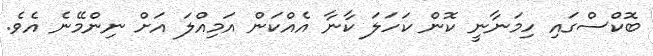
ބޮކްސްގައި ހިމަނާނީ ކޮން ކަހަލަ ކާނާ އެއްކަން އަމިއްލަ އަށް ނިންމޭނެ އެވެ.